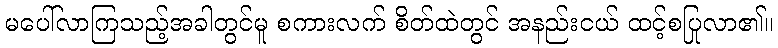
မပေါ်လာကြသည့်အခါတွင်မူ စကားလက် စိတ်ထဲတွင် အနည်းငယ် ထင့်စပြုလာ၏။